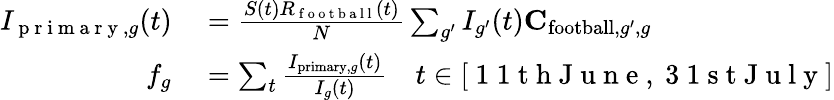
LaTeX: \begin{array}{rl}{I_{\mathrm{~p~r~i~m~a~r~y~},g}(t)}&{{}=\frac{S(t)R_{\mathrm{~f~o~o~t~b~a~l~l~}}(t)}{N}\sum_{g^{\prime}}I_{g^{\prime}}(t)\mathbf{C}_{\mathrm{football},g^{\prime},g}}\\ {f_{g}}&{{}=\sum_{t}\frac{I_{\mathrm{primary},g}(t)}{I_{g}(t)}\quad t\in[\mathrm{~1~1~t~h~J~u~n~e~},\mathrm{~3~1~s~t~J~u~l~y~}]}\end{array}